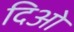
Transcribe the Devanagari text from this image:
दिओ